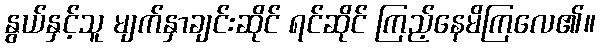
နွယ်နှင့်သူ မျက်နှာချင်းဆိုင် ရင်ဆိုင် ကြည့်နေမိကြလေ၏။